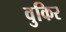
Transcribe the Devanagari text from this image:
वुकिर